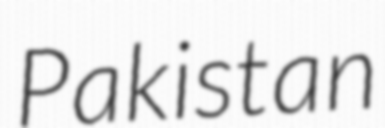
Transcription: Pakistan